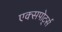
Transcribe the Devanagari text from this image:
एक्सपोर्ट्स